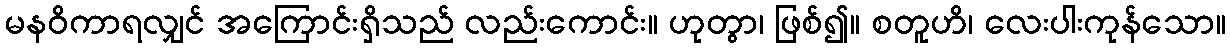
မနဝိကာရလျှင် အကြောင်းရှိသည် လည်းကောင်း။ ဟုတွာ၊ ဖြစ်၍။ စတူဟိ၊ လေးပါးကုန်သော။